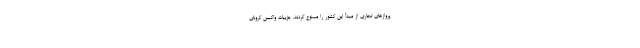
پروازهای تجاری از مبدأ این کشور را ممنوع کردند. جزییات واکسن کرونای